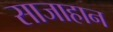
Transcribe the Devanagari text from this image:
साजाहान